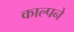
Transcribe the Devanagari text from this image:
काल्पने